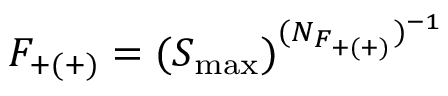
F _ { + ( + ) } = ( S _ { \mathrm { m a x } } ) ^ { ( N _ { F _ { + ( + ) } } ) ^ { - 1 } }